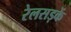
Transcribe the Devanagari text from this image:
रेलसड़कें